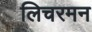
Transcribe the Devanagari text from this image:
लिचरमन